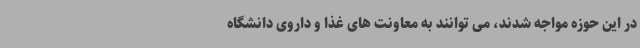
در این حوزه مواجه شدند، می توانند به معاونت های غذا و داروی دانشگاه